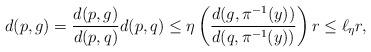
LaTeX: \begin{align*}d(p,g) = \frac{d(p,g)}{d(p,q)} d(p,q) \leq \eta \left( \frac{d(g, \pi ^{-1}(y))}{d(q,\pi ^{-1}(y))} \right) r \leq \ell _\eta r,\end{align*}